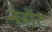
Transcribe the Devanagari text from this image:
नेसेंट